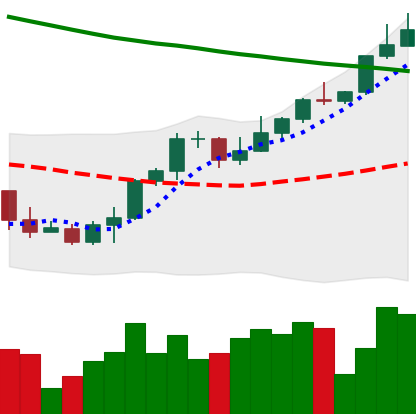
Ticker: ETH-USD
Chart end date: 2022-03-29
Forward return: 3.552%
Label: up_3_5